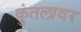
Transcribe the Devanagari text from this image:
कुंतलावर